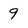
Character: 9